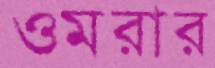
ওমরার